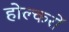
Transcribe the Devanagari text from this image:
होल्करों